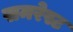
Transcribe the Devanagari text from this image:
समरेस्ट